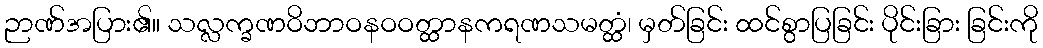
ဉာဏ်အပြား၏။ သလ္လက္ခဏဝိဘာဝနဝဝတ္ထာနကရဏသမတ္ထံ၊ မှတ်ခြင်း ထင်စွာပြခြင်း ပိုင်းခြား ခြင်းကို